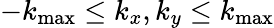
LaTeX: -k_{\mathrm{max}}\le k_{x},k_{y}\le k_{\mathrm{max}}